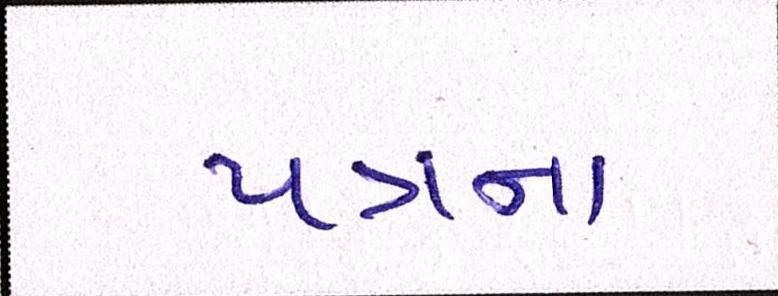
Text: પત્રના